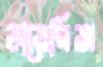
ডায়েরিজ